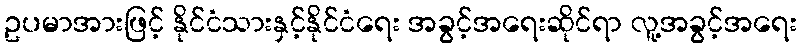
ဥပမာအားဖြင့် နိုင်ငံသားနှင့်နိုင်ငံရေး အခွင့်အရေးဆိုင်ရာ လူ့အခွင့်အရေး